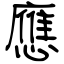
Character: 應